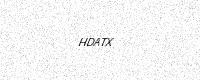
Text: HDATX